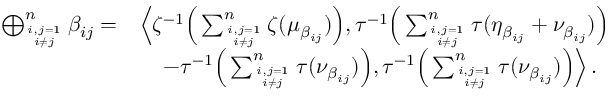
\begin{array} { r l } { \bigoplus _ { i , j = 1 \atop i \neq j } ^ { n } \beta _ { i j } = } & { \left\langle \zeta ^ { - 1 } \Big ( \sum _ { i , j = 1 \atop i \neq j } ^ { n } \zeta ( \mu _ { \beta _ { i j } } ) \Big ) , \tau ^ { - 1 } \Big ( \sum _ { i , j = 1 \atop i \neq j } ^ { n } \tau ( \eta _ { \beta _ { i j } } + \nu _ { \beta _ { i j } } ) \Big ) \right. } \\ & { \quad \left. - \tau ^ { - 1 } \Big ( \sum _ { i , j = 1 \atop i \neq j } ^ { n } \tau ( \nu _ { \beta _ { i j } } ) \Big ) , \tau ^ { - 1 } \Big ( \sum _ { i , j = 1 \atop i \neq j } ^ { n } \tau ( \nu _ { \beta _ { i j } } ) \Big ) \right\rangle . } \end{array}